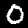
Label: 0